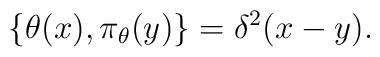
\{\theta(x), \pi_{\theta}(y)\}=\delta^{2}(x-y).